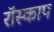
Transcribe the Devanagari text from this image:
रॉस्काप